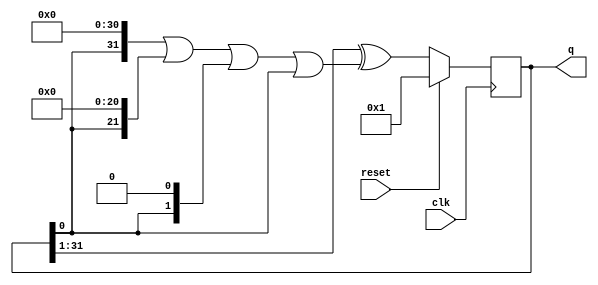
module top_module(
    input clk,
    input reset,    // Active-high synchronous reset to 32'h1
    output [31:0] q
); 
    wire [31:0] mask;
    // 32, 22, 2, and 1.
    assign mask = q[0] << 31 | q[0] << 21 | q[0] << 1 | q[0] << 0;

    always @(posedge clk) begin
        if (reset) begin 
            q <= 32'h1;
        end 
        else begin
            q <= {1'b0, q[31:1]} ^ mask;
        end 

    end 

endmodule